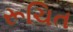
રૂચિત